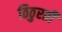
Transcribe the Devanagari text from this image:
ठिठुरती